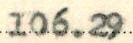
106.29